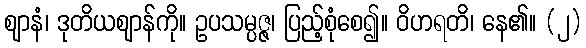
ဈာနံ၊ ဒုတိယဈာန်ကို။ ဥပသမ္ပဇ္ဇ၊ ပြည့်စုံစေ၍။ ဝိဟရတိ၊ နေ၏။ (၂)